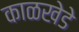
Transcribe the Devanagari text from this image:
काळखेडे